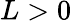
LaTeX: L>0